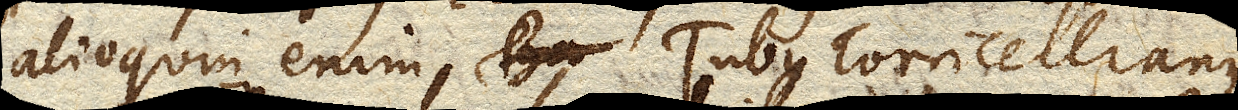
alioquin enim Tubus Torricellianus